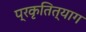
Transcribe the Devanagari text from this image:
प्रकृतित्याग